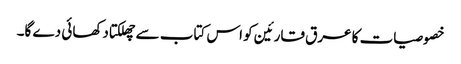
خصوصیات کا عرق قارئین کو اس کتاب سے چھلکتا دکھائی دے گا۔